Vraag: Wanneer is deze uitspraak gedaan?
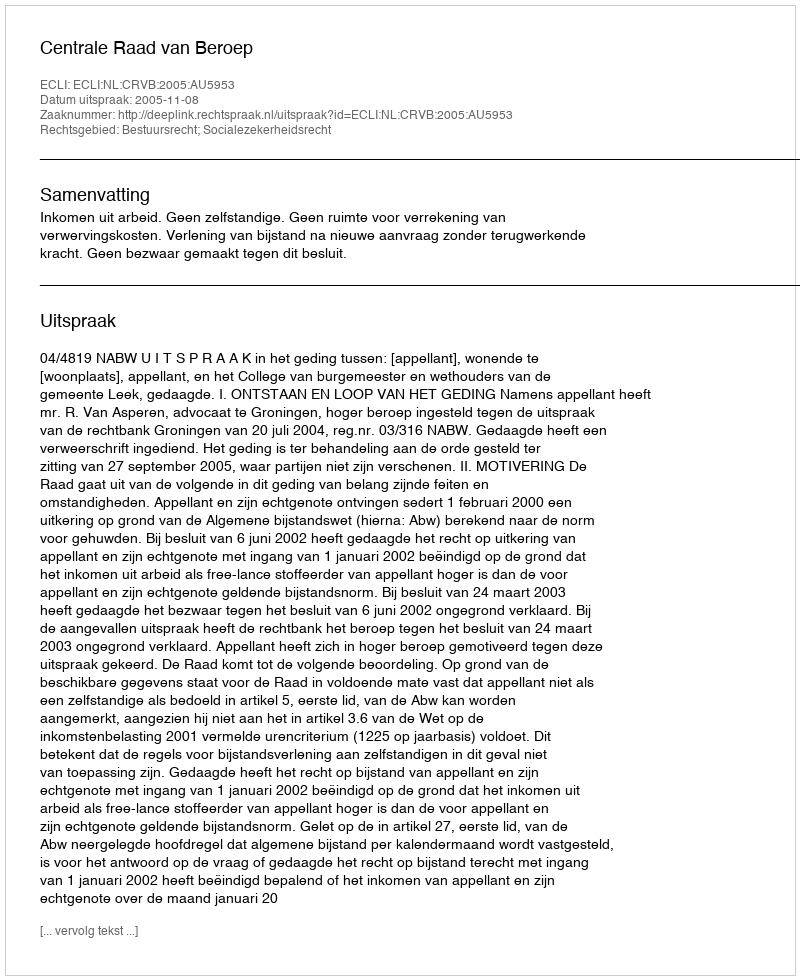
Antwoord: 2005-11-08